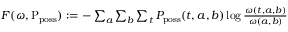
\begin{array} { r } { F ( \omega , \mathrm { P } _ { \mathrm { p o s s } } ) : = - \sum _ { a } \sum _ { b } \sum _ { t } P _ { \mathrm { p o s s } } ( t , a , b ) \log \frac { \omega ( t , a , b ) } { \omega ( a , b ) } } \end{array}